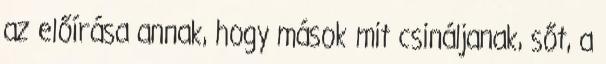
az előírása annak, hogy mások mit csináljanak, sőt, a